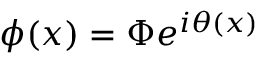
\phi ( x ) = \Phi e ^ { i \theta ( x ) }